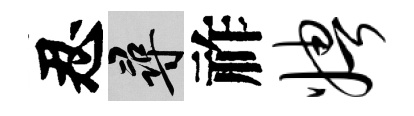
忍尋祚娉